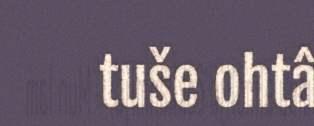
tuše ohtâ